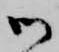
御